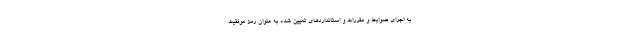
به اجرای ضوابط و مقررات و استانداردهای تعیین شده به عنوان رمز موفقیت